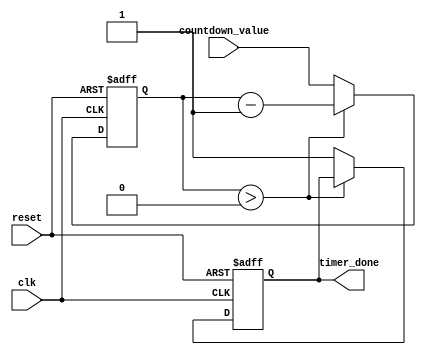
module countdown_timer (
    input clk,
    input reset,
    input [31:0] countdown_value,
    output reg timer_done
);

reg [31:0] counter;

always @(posedge clk or posedge reset) begin
    if (reset) begin
        counter <= 0;
        timer_done <= 0;
    end else begin
        if (counter > 0) begin
            counter <= counter - 1;
        end else begin
            counter <= countdown_value;
            timer_done <= 1;
        end
    end
end

endmodule